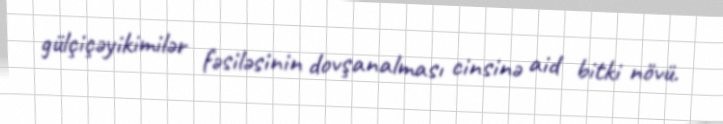
gülçiçəyikimilər fəsiləsinin dovşanalması cinsinə aid bitki növü.